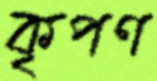
কৃপণ